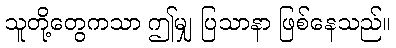
သူတို့တွေကသာ ဤမျှ ပြသာနာ ဖြစ်နေသည်။